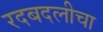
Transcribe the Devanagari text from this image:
रदबदलीचा